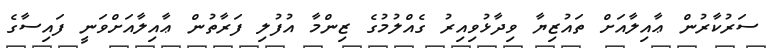
ސަރުކާރުން ޢާއިލާއަށް ތައުޒިޔާ ވިދާޅުވިއިރު ގެއްލުމުގެ ޒިންމާ އުފުލި ފަރާތުން ޢާއިލާއަށްވަނީ ފައިސާގެ